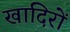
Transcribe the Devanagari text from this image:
खादिरों